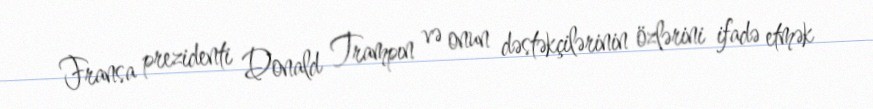
Fransa prezidenti Donald Trampın və onun dəstəkçilərinin özlərini ifadə etmək